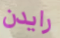
رايدن